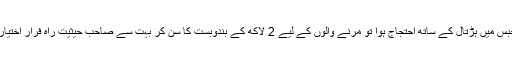
اگر گرمی حبس میں ہڑتال کے ساتھ احتجاج ہوا تو مرنے والوں کے لیے 2 لاکھ کے بندوبست کا سن کر بہت سے صاحب حیثیت راہ فرار اختیار کرلیں گے۔